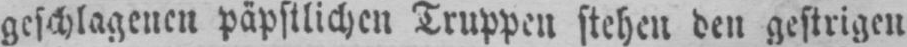
geschlagenen päpstlichen Truppen stehen den gestrigen